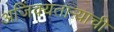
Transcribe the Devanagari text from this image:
अजिंक्‍यतार्‍याची